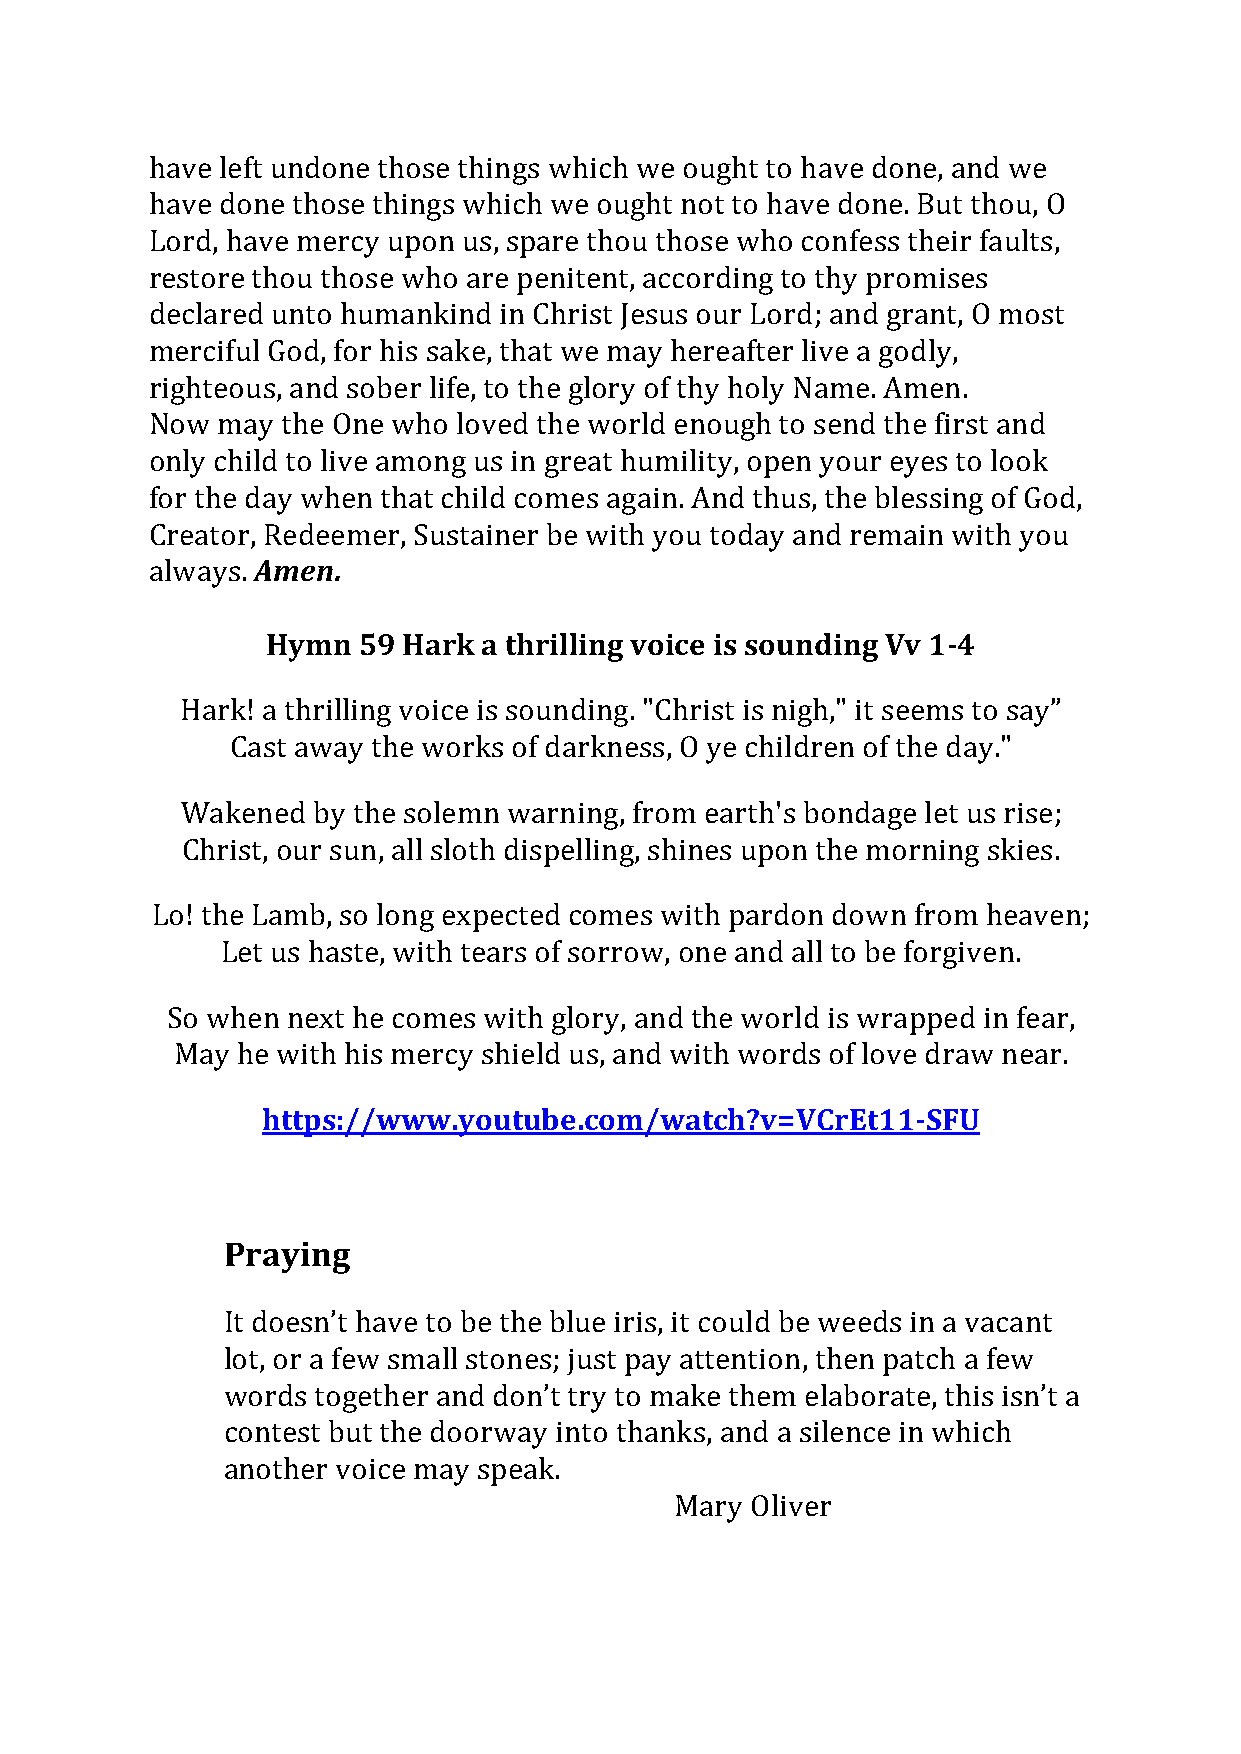
have left undone those things which we ought to have done, and we
 have done those things which we ought not to have done. But thou, O
 Lord, have mercy upon us, spare thou those who confess their faults,
 restore thou those who are penitent, according to thy promises
 declared unto humankind in Christ Jesus our Lord; and grant, O most
 merciful God, for his sake, that we may hereafter live a godly,
 righteous, and sober life, to the glory of thy holy Name. Amen.
 Now may  the One who loved the world enough to send the first and
 only child to live among us in great humility, open your eyes to look
 for the day when that child comes again. And thus, the blessing of God,
 Creator, Redeemer, Sustainer be with you today and remain with you
 always. Amen.
 Hymn  59 Hark a thrilling voice is sounding Vv 1-4
 Hark! a thrilling voice is sounding. "Christ is nigh," it seems to say”
 Cast away the works of darkness, O ye children of the day."
 Wakened  by the solemn warning, from earth's bondage let us rise;
 Christ, our sun, all sloth dispelling, shines upon the morning skies.
 Lo! the Lamb, so long expected comes with pardon down from heaven;
 Let us haste, with tears of sorrow, one and all to be forgiven.
 So when next he comes with glory, and the world is wrapped in fear,
 May  he with his mercy shield us, and with words of love draw near.
 https://www.youtube.com/watch?v=VCrEt11-SFU
 Praying
 It doesn’t have to be the blue iris, it could be weeds in a vacant
 lot, or a few small stones; just pay attention, then patch a few
 words together and don’t try to make them elaborate, this isn’t a
 contest but the doorway into thanks, and a silence in which
 another voice may speak.
 Mary Oliver